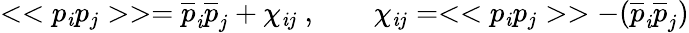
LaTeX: <<p_{\mathit{i}}p_{j}>>={\overline{{{p}}}}_{\mathit{i}}{\overline{{{p}}}}_{j}+\chi_{\mathit{i}j}~,\qquad\chi_{\mathit{i}j}=<<p_{\mathit{i}}p_{j}>>-({\overline{{{p}}}}_{\mathit{i}}{\overline{{{p}}}}_{j})